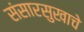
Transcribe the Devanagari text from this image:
संसारसुखाचे